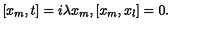
[ x _ { m } , t ] = i \lambda x _ { m } , [ x _ { m } , x _ { l } ] = 0 .